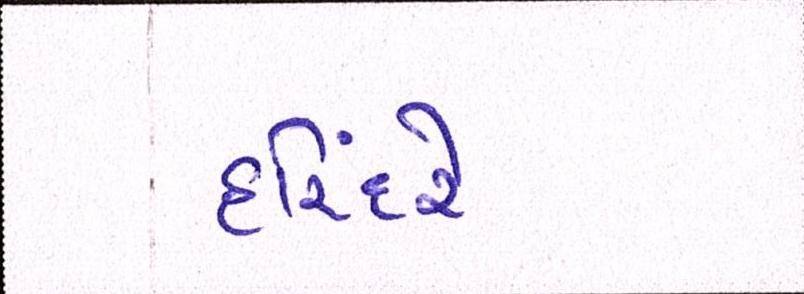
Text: હરિંદરે